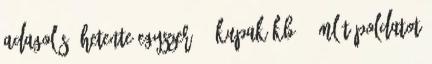
Adagolás: hetente egyszer- 1 kupak kb 40 ml tápoldatot